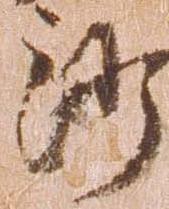
沙